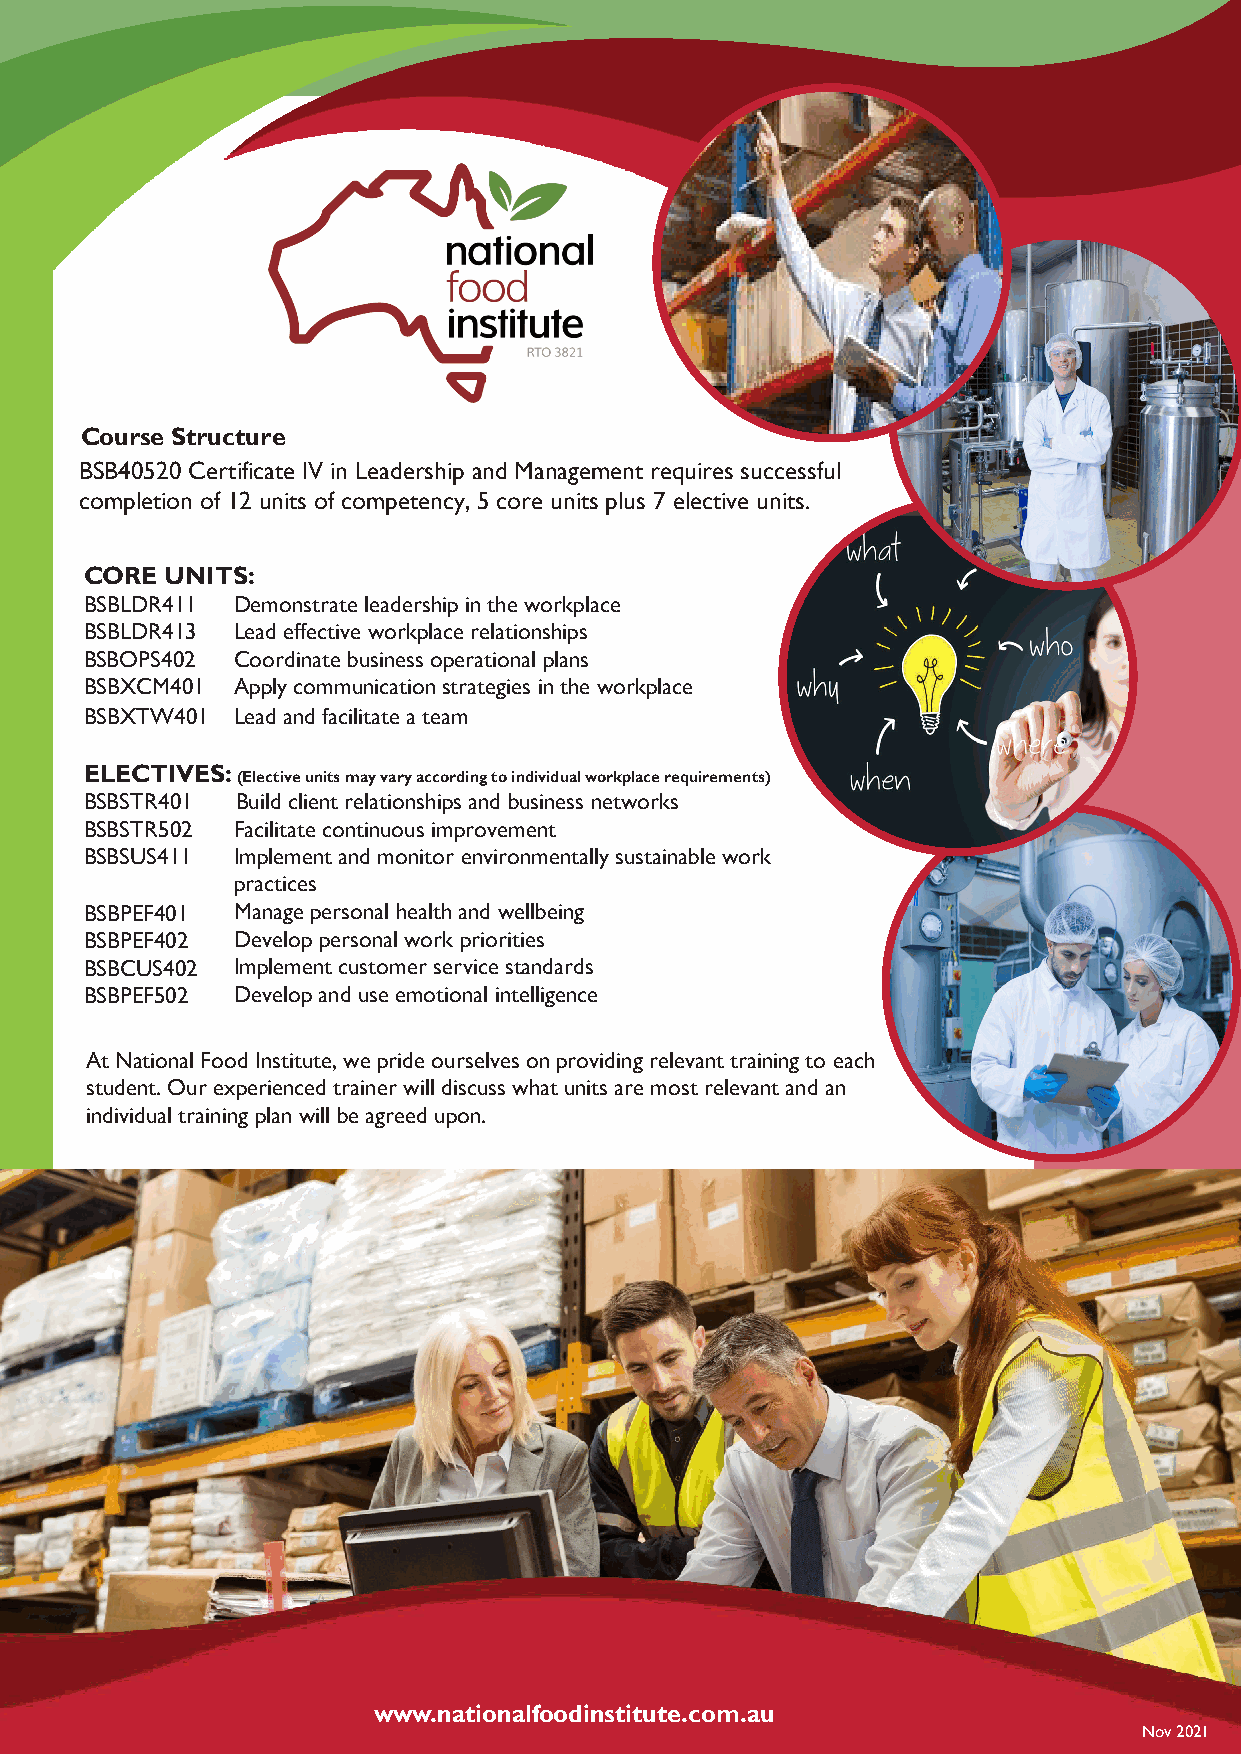
Course Structure
 BSB40520 Certificate IV in Leadership and Management requires successful
 completion of 12 units of competency, 5 core units plus 7 elective units.
 CORE UNITS:
 BSBLDR411 Demonstrate leadership in the workplace
 BSBLDR413 Lead effective workplace relationships
 BSBOPS402 Coordinate business operational plans
 BSBXCM401 Apply communication strategies in the workplace
 BSBXTW401 Lead and facilitate a team
 ELECTIVES:
 (Elective units may vary according to individual workplace requirements)
 BSBSTR401 Build client relationships and business networks
 BSBSTR502 Facilitate continuous improvement
 BSBSUS411 Implement and monitor environmentally sustainable work
 practices
 BSBPEF401 Manage personal health and wellbeing
 BSBPEF402 Develop personal work priorities
 BSBCUS402 Implement customer service standards
 BSBPEF502 Develop and use emotional intelligence
 At National Food Institute, we pride ourselves on providing relevant training to each
 student. Our experienced trainer will discuss what units are most relevant and an
 individual training plan will be agreed upon.
 wwwww.nwat.nioantiaolfnoaolfdoiondstiintsuttietu.ctoem.co.amu.au
 Nov 2021